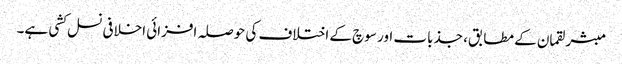
مبشر لقمان کے مطابق، جذبات اور سوچ کے اختلاف کی حوصلہ افزائی اخلافی نسل کشی ہے۔